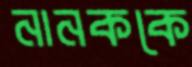
নানককে